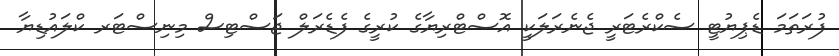
ފުރަތަމަ ޑެޕިޔުޓީ ސެކްރެޓަރީ ޖެނެރަލަކީ އޮސްޓްރިޔާގެ ކުރީގެ ފެޑެރަލް ޖަސްޓިސް މިނިސްޓަރ ކްލައުޑިޔާ